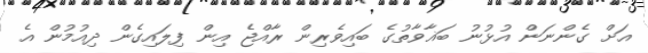
އަށް ގެންނަން އުޅުނު ބަޣާވާތުގެ ބައިވެރިން ރާއްޖެ އިން ފިލައިގެން ދިއުމުން އެ